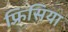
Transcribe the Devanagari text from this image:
फ़्रिसिया